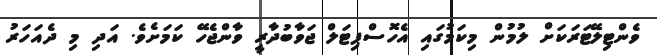
ވެންޓިލޭޓަރަކަށް ލުމުން މިކަމުގައި އެހޮސްޕިޓަލް ޖަވާބުދާރީ ވާންޖެހޭ ކަމަށެވެ. އަދި މި ދެއަހަރު